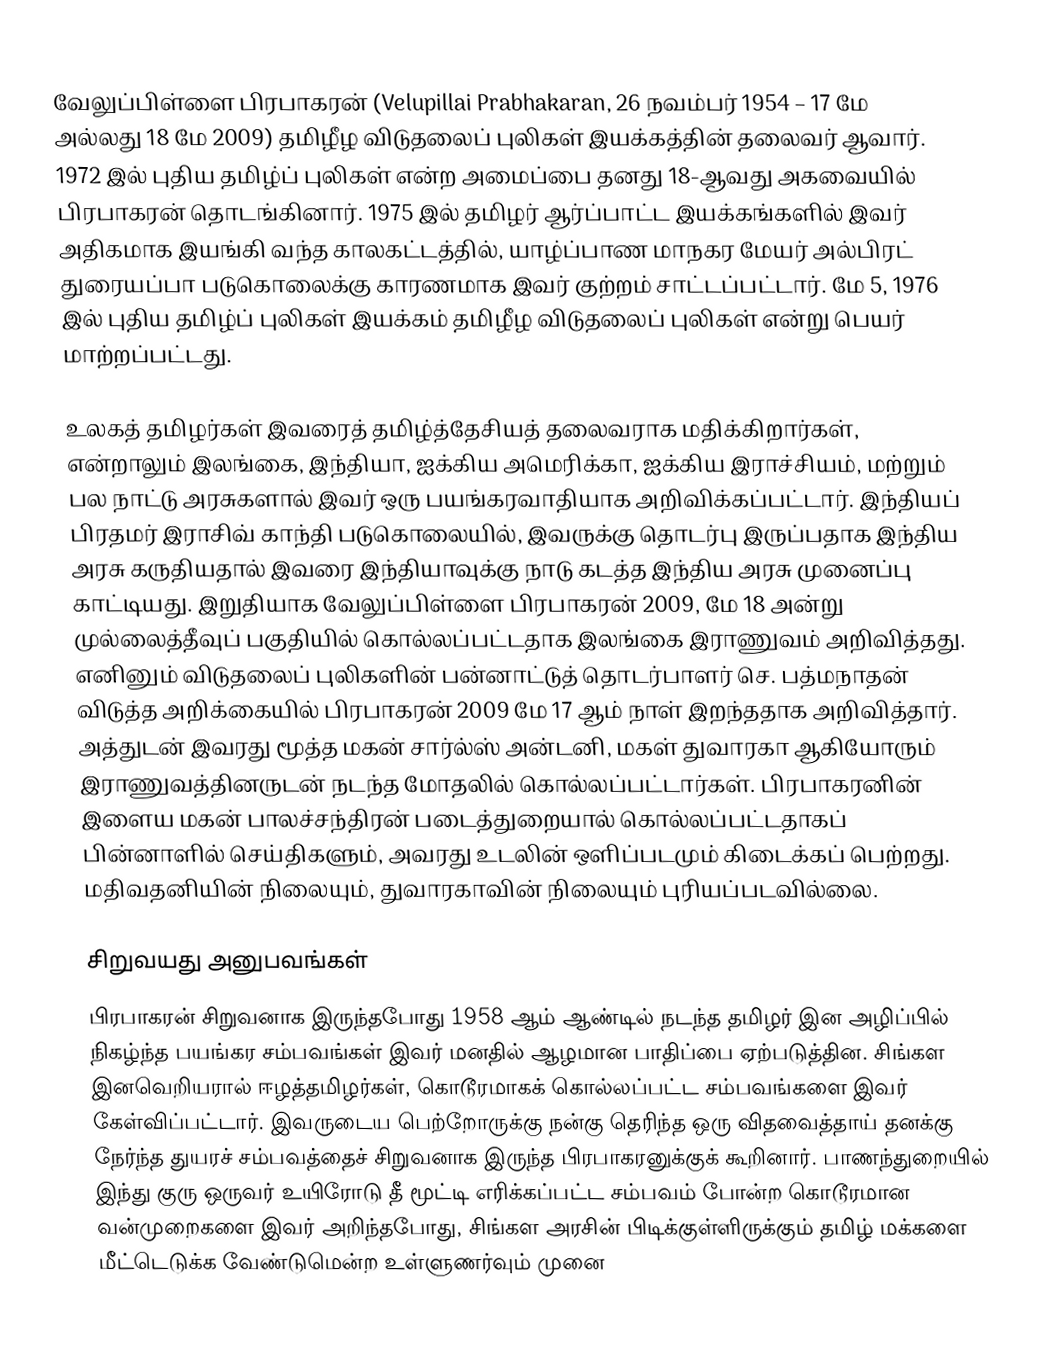
வேலுப்பிள்ளை பிரபாகரன் (Velupillai Prabhakaran, 26 நவம்பர் 1954 – 17 மே அல்லது 18 மே 2009) தமிழீழ விடுதலைப் புலிகள் இயக்கத்தின் தலைவர் ஆவார். 1972 இல் புதிய தமிழ்ப் புலிகள் என்ற அமைப்பை தனது 18-ஆவது அகவையில் பிரபாகரன் தொடங்கினார். 1975 இல் தமிழர் ஆர்ப்பாட்ட இயக்கங்களில் இவர் அதிகமாக இயங்கி வந்த காலகட்டத்தில், யாழ்ப்பாண மாநகர மேயர் அல்பிரட் துரையப்பா படுகொலைக்கு காரணமாக இவர் குற்றம் சாட்டப்பட்டார். மே 5, 1976 இல் புதிய தமிழ்ப் புலிகள் இயக்கம் தமிழீழ விடுதலைப் புலிகள் என்று பெயர் மாற்றப்பட்டது.

உலகத் தமிழர்கள் இவரைத் தமிழ்த்தேசியத் தலைவராக மதிக்கிறார்கள், என்றாலும் இலங்கை, இந்தியா, ஐக்கிய அமெரிக்கா, ஐக்கிய இராச்சியம், மற்றும் பல நாட்டு அரசுகளால் இவர் ஒரு பயங்கரவாதியாக அறிவிக்கப்பட்டார். இந்தியப் பிரதமர் இராசிவ் காந்தி படுகொலையில், இவருக்கு தொடர்பு இருப்பதாக இந்திய அரசு கருதியதால் இவரை இந்தியாவுக்கு நாடு கடத்த இந்திய அரசு முனைப்பு காட்டியது. இறுதியாக வேலுப்பிள்ளை பிரபாகரன் 2009, மே 18 அன்று முல்லைத்தீவுப் பகுதியில் கொல்லப்பட்டதாக இலங்கை இராணுவம் அறிவித்தது. எனினும் விடுதலைப் புலிகளின் பன்னாட்டுத் தொடர்பாளர் செ. பத்மநாதன் விடுத்த அறிக்கையில் பிரபாகரன் 2009 மே 17 ஆம் நாள் இறந்ததாக அறிவித்தார். அத்துடன் இவரது மூத்த மகன் சார்ல்ஸ் அன்டனி, மகள் துவாரகா ஆகியோரும் இராணுவத்தினருடன் நடந்த மோதலில் கொல்லப்பட்டார்கள். பிரபாகரனின் இளைய மகன் பாலச்சந்திரன் படைத்துறையால் கொல்லப்பட்டதாகப் பின்னாளில் செய்திகளும், அவரது உடலின் ஒளிப்படமும் கிடைக்கப் பெற்றது. மதிவதனியின் நிலையும், துவாரகாவின் நிலையும் புரியப்படவில்லை.

சிறுவயது அனுபவங்கள்
பிரபாகரன் சிறுவனாக இருந்தபோது 1958 ஆம் ஆண்டில் நடந்த தமிழர் இன அழிப்பில் நிகழ்ந்த பயங்கர சம்பவங்கள் இவர் மனதில் ஆழமான பாதிப்பை ஏற்படுத்தின. சிங்கள இனவெறியரால் ஈழத்தமிழர்கள், கொடூரமாகக் கொல்லப்பட்ட சம்பவங்களை இவர் கேள்விப்பட்டார். இவருடைய பெற்றோருக்கு நன்கு தெரிந்த ஒரு விதவைத்தாய் தனக்கு நேர்ந்த துயரச் சம்பவத்தைச் சிறுவனாக இருந்த பிரபாகரனுக்குக் கூறினார். பாணந்துறையில் இந்து குரு ஒருவர் உயிரோடு தீ மூட்டி எரிக்கப்பட்ட சம்பவம் போன்ற கொடூரமான வன்முறைகளை இவர் அறிந்தபோது, சிங்கள அரசின் பிடிக்குள்ளிருக்கும் தமிழ் மக்களை மீட்டெடுக்க வேண்டுமென்ற உள்ளுணர்வும் முனை